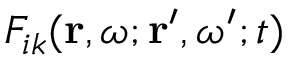
F _ { i k } ( \mathbf { r } , \omega ; \mathbf { r } ^ { \prime } , \omega ^ { \prime } ; t )